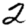
Digit: 2